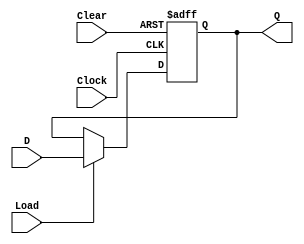
module nBitsRegister(Load,Clear,Clock,D,Q);
  parameter     n=8;
  input         Load,Clear,Clock;
  input         [n-1:0]D;
  output reg    [n-1:0]Q;
  
  always@(posedge Clock,negedge Clear)
   begin 
    if(!Clear)
      Q <= 0;
    else
     begin 
      if(Load)
        Q <= D;
      else  
        Q <= Q;
     end
   end  
        
   endmodule